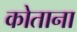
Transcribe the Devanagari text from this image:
कोताना